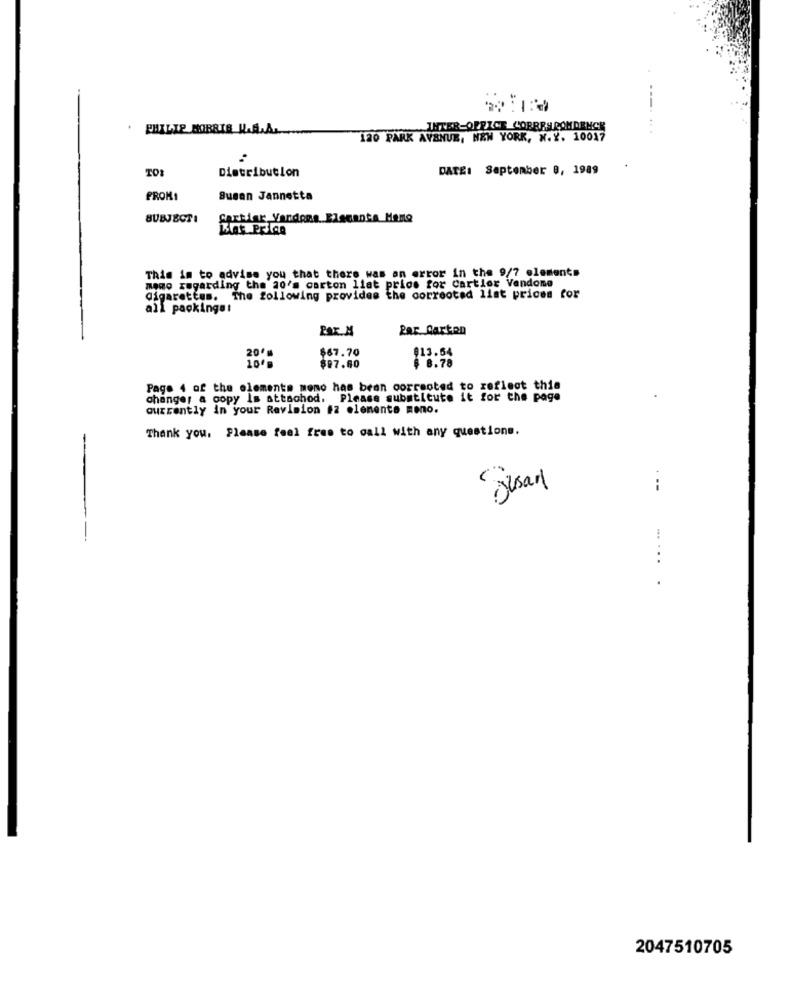
---
PHILIP MORRIS U.S.A ...
IHRER-OFFICE CORRESPONDENCE
.. .
120 PARK AVENUE, NEW YORK, N.Y. 10017
Distribution
DATE: September 8, 1989
PROMI
Susan Jannetta
SUBJECTI
Cartier Vandone Elseanta Meno
This im to advise you that there was an error in the 9/7 elements
mego regarding the 20's carton liat prios for Cartier Vendone
Cigarettes. The following provides the correoted list prices for
all packings!
Par M
Par Garten
$67.70
$13.64
$ 8.78
$97.60
Page 4 of the elements mono has been correoted to reflect thia
changes a copy Is attached. Please substitute it for the page
currently in your Revision #2 elemente meno.
Thank you. Please feel free to call with any questions.
Susan
2047510705